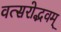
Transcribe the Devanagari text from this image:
वत्सरोद्भवम्